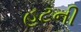
હટની